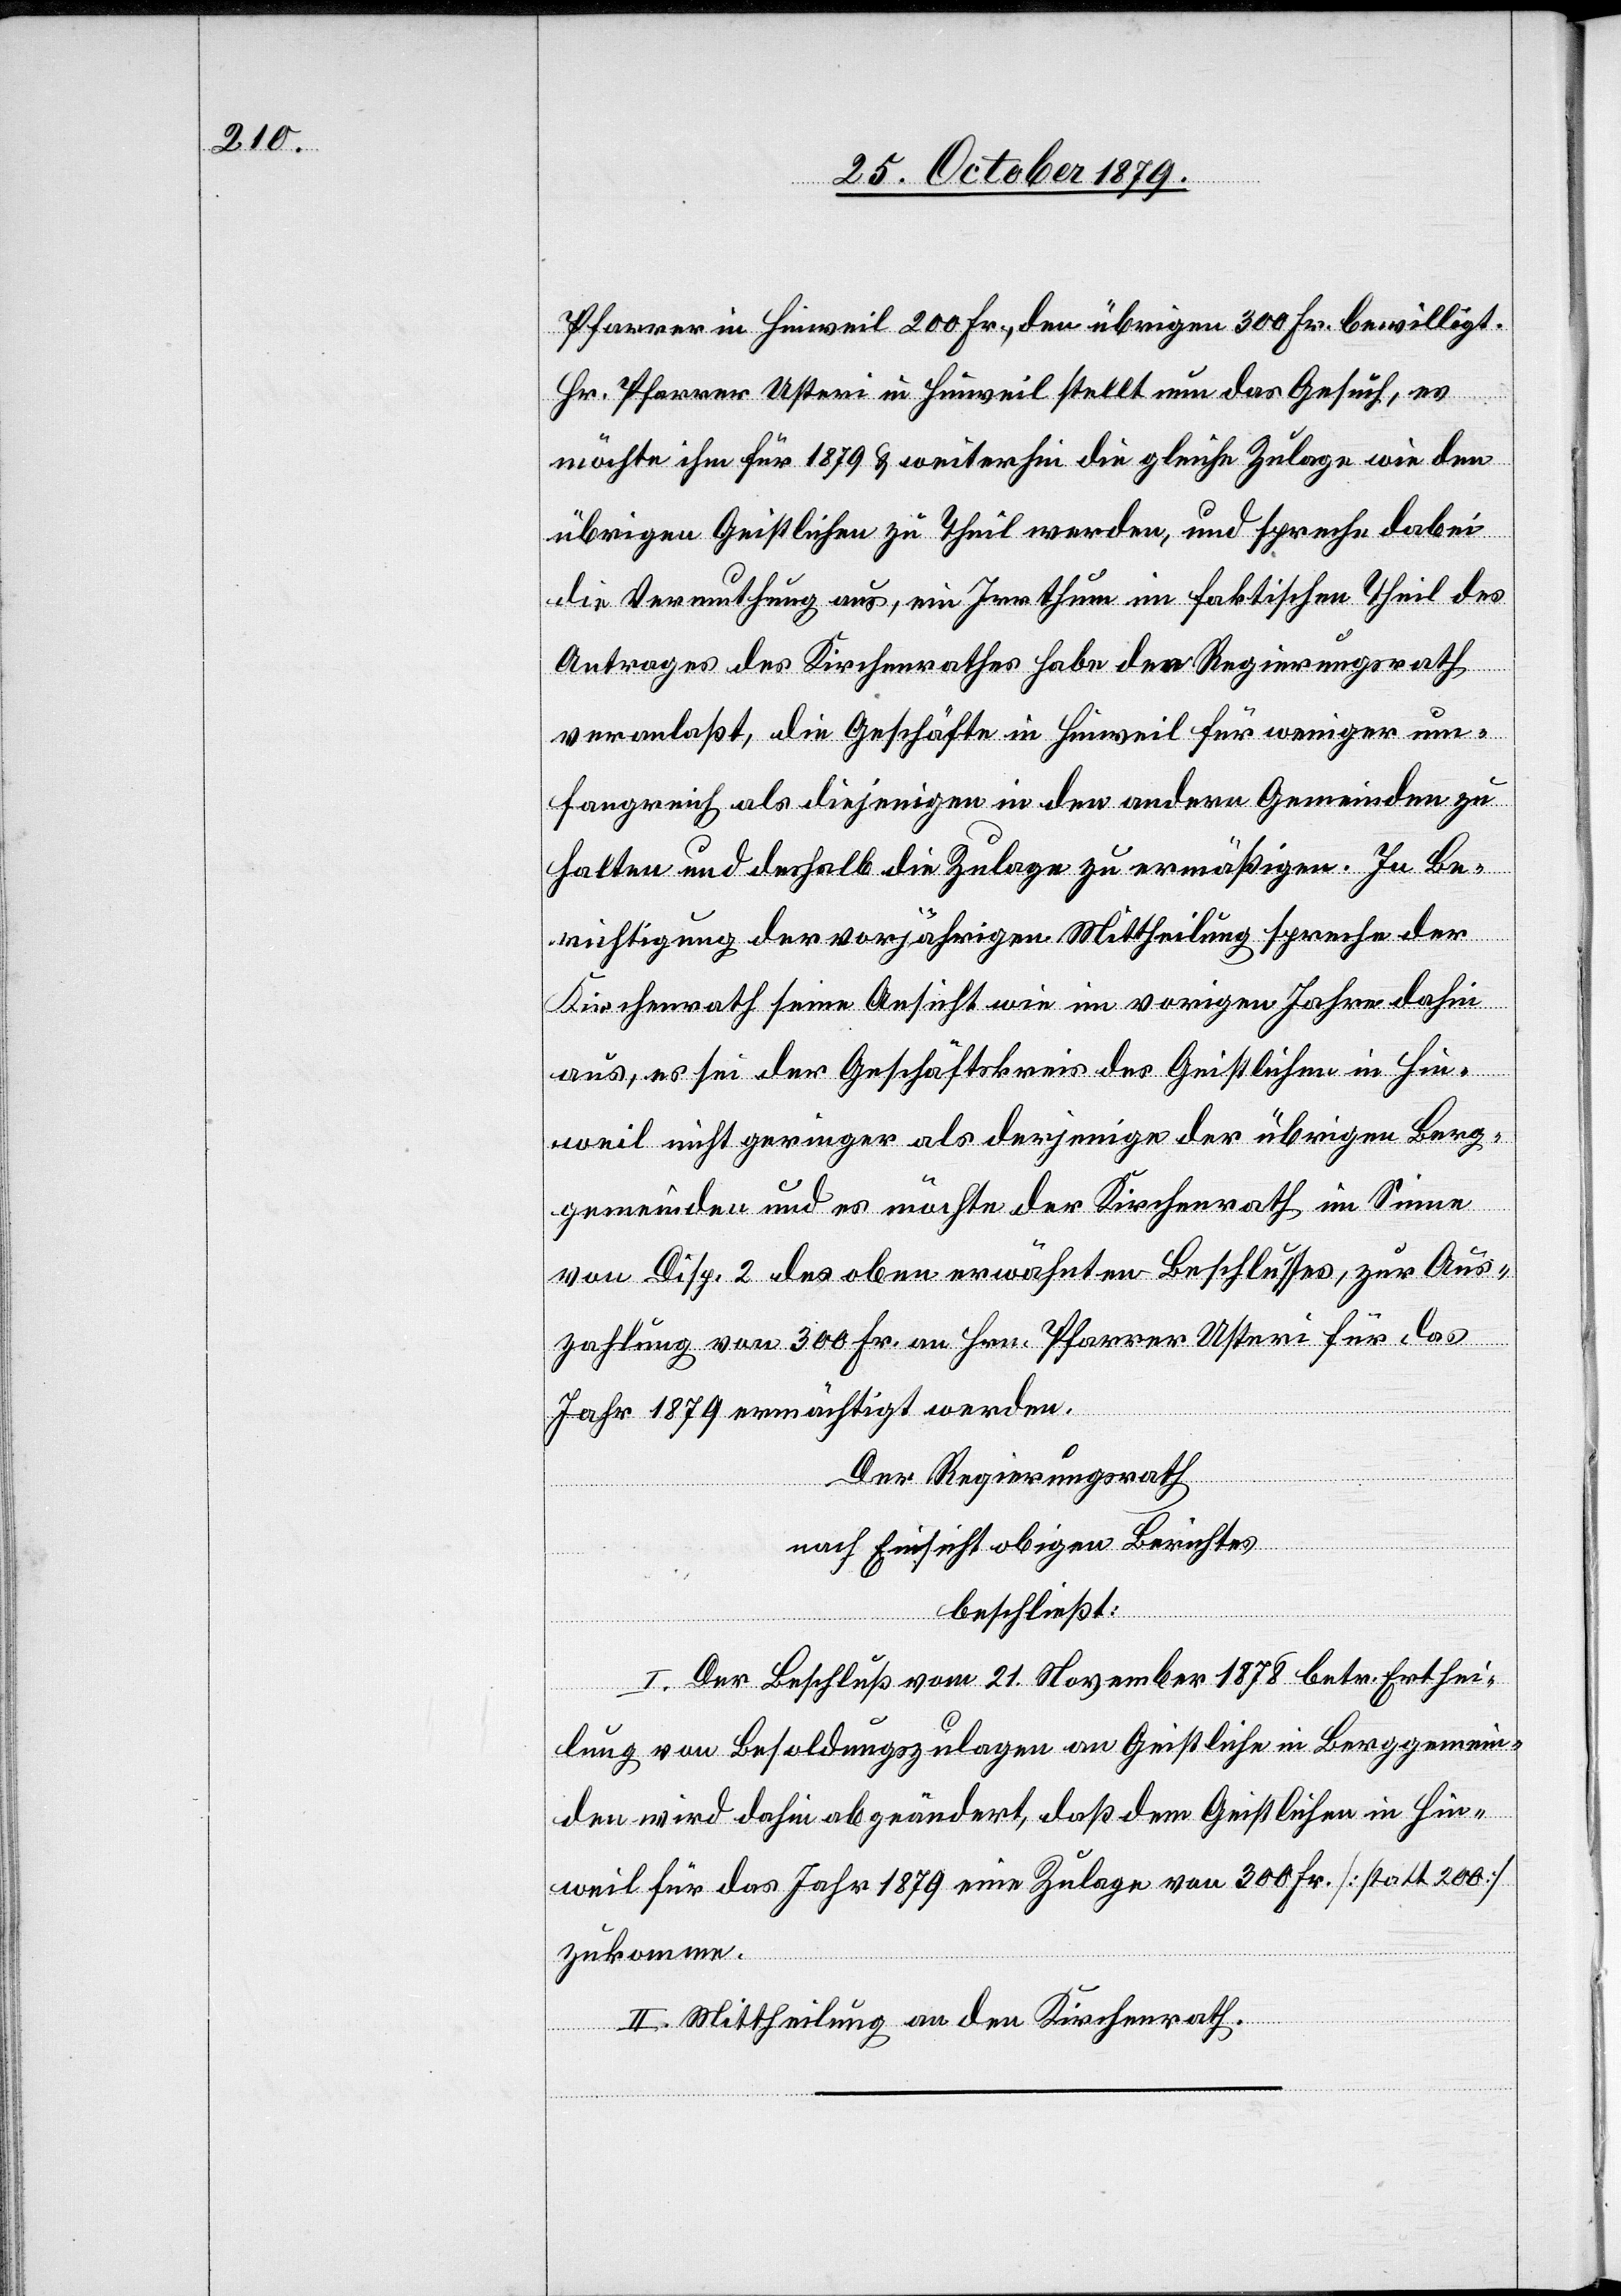
Pfarrer in Hinweil 200 Fr., den übrigen 300 Fr. bewilligt.
Hr. Pfarrer Usteri in Hinweil stellt nun das Gesuch, es
möchte ihm für 1879 & weiterhin die gleiche Zulage wie den
übrigen Geistlichen zu Theil werden, und spreche dabei
die Vermuthung aus, ein Irrthum im faktischen Theil des
Antrages des Kirchenrathes habe den Regierungsrath
veranlaßt, die Geschäfte in Hinweil für weniger um¬
fangreich als diejenigen in den andern Gemeinden zu
halten und deshalb die Zulage zu ermäßigen. In Be¬
richtigung der vorjährigen Mittheilung spreche der
Kirchenrath seine Ansicht wie im vorigen Jahre dahin
aus, es sei der Geschäftskreis des Geistlichen in Hin¬
weil nicht geringer als derjenige der übrigen Berg¬
gemeinden und es möchte der Kirchenrath im Sinne
von Disp. 2 des oben erwähnten Beschlusses, zur Aus¬
zahlung von 300 Fr. an Hrn. Pfarrer Usteri für das
Jahr 1879 ermächtigt werden.
Der Regierungsrath,
nach Einsicht obigen Berichtes
beschließt:
I. Der Beschluß vom 21. November 1878 betr. Erthei¬
lung von Besoldungen an Geistliche in Berggemein¬
den wird dahin abgeändert, daß dem Geistlichen in Hin¬
weil für das Jahr 1879 eine Zulage von 300 Fr. [statt 200]
zukomme.
II. Mittheilung an den Kirchenrath.